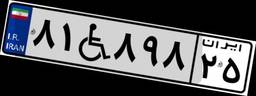
۸۱W۸۹۸۲۵